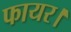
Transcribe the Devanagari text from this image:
फायर।